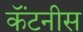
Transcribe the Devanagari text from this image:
कॅंटनीस